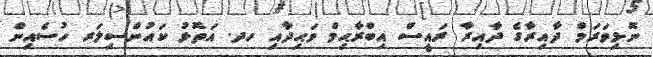
ނޮޅިވަރަމް ދާއިރާގެ ދާއިރާ ރައީސް އިބްރާޙިމް ވަޙިދާއި ހދ. އަތޮޅު ކައުންސިލަރ ހުސެއިން